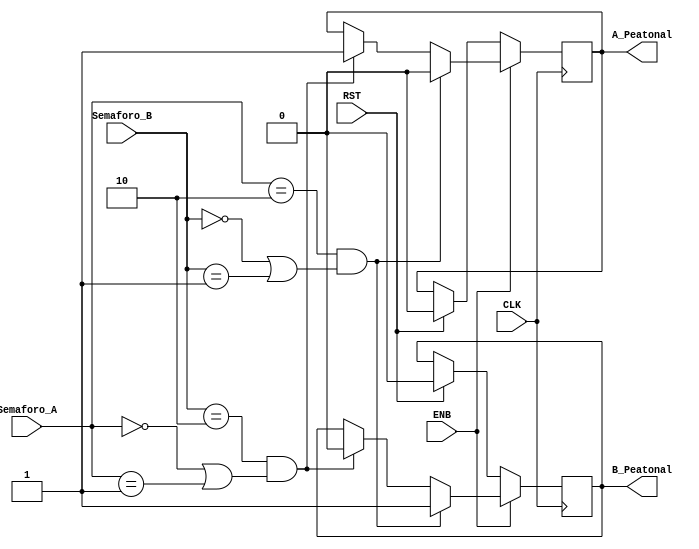
// Cdigo realizado por Alexa Lpez Marcos. Carnet B94353.
// Este mdulo se utiliza para definir el comportamiento de las salidas
module SemaforoDUT(
    input CLK,
    input ENB,
    input RST,
    input [1:0] Semaforo_A,
    input [1:0] Semaforo_B,
    output reg A_Peatonal,
    output reg B_Peatonal
);

// Estado de los semaforos A y B
parameter ROJO= 2'b00;
parameter AMARILLO= 2'b01;
parameter VERDE= 2'b10;

always @(posedge CLK)
begin
    if (ENB) begin  // Si el enable esta encendido entonces todo debe funcionar
        if (Semaforo_A == VERDE && (Semaforo_B == ROJO || Semaforo_B == AMARILLO)) begin 
            // Si el semaforo A esta en verde y el semaforo B esta en amarrillo o rojo, entonces...
           A_Peatonal <= 0;    // El peatonal A va a estar en rojo.
           B_Peatonal <= 1;    // El peatonal B va a estar en verde.

        end else if (Semaforo_B == VERDE && (Semaforo_A == ROJO || Semaforo_A == AMARILLO)) begin 
            // Si el semaforo B esta en verde y el semaforo A esta en amarrillo o rojo, entonces...
            A_Peatonal <= 1;   // El peatonal A va a estar en verde.
            B_Peatonal <= 0;   // El peatonal B va a estar en rojo.
        
        end 
    end else if (RST) begin // Todo vuelve a su condicin inicial
            A_Peatonal <= 0; // En rojo
            B_Peatonal <= 0; // En rojo
        end 
end

endmodule